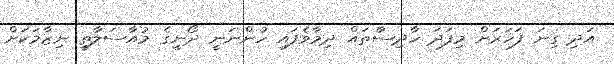
އަދި ގިނަ ފަހަރަށް މިފަދަ ހާދިސާތައް ދިމާވެފައި ހުންނަނީ ދޯނީގެ މުއާސަލާތީ ނިޒާމަކަށް